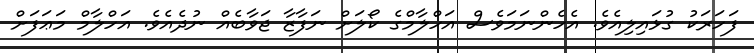
ފަހަރަކު ގުޅައިލިއެވެ. އެހެންނަމަވެސް އަހްލާމްގެ ކޯލަށް ނަފާޒާ ޖަވާބެއް ނުދެއެވެ. އަހްލާމް މަޢަފަށް